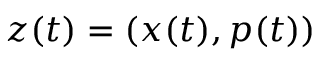
\ensuremath { \boldsymbol { z } } ( t ) = ( \ensuremath { \boldsymbol { { x } } } ( t ) , \ensuremath { \boldsymbol { p } } ( t ) )